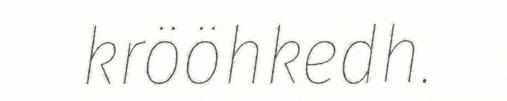
krööhkedh.